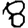
Digit: 8